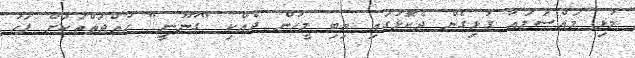
މުޅި މައްސަލައާ ގުޅިގެން ދެކޮޅުގައި ތިބި މީހުން ދެއްކި "ގާނޫނީ" ހުއްޖަތްތަކަށް ފަހު